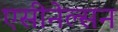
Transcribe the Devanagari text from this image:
एसीनेल्सन